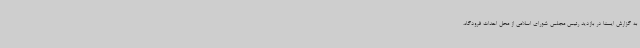
به گزارش ایسنا در بازدید رئیس مجلس شورای اسلامی از محل احداث فرودگاه،